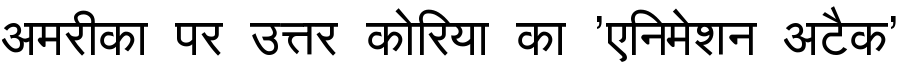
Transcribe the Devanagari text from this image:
अमरीका पर उत्तर कोरिया का 'एनिमेशन अटैक'